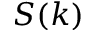
S ( k )